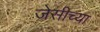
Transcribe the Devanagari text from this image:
जेसीच्या